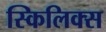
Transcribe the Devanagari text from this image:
स्किलिक्स